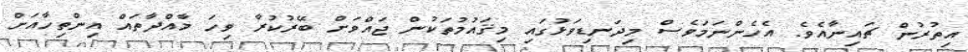
އިތުރުން ޗައިނާއެވެ. އެހެންނަމަވެސް މިދަނޑިވަޅުގައި މިޤައުމުތަކުން ޖައްވަށް ބޭރުކުރާ ވިހަ މާއްދާތައް އިންތިހާއަށް